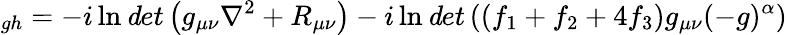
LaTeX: _{gh}=-i\ln{\mathit det}\left(g_{\mu\nu}\nabla^{2}+R_{\mu\nu}\right)-i\ln{\mathit det}\left((f_{1}+f_{2}+4f_{3})g_{\mu\nu}(-g)^{\alpha}\right)